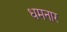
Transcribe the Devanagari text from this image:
धमनार